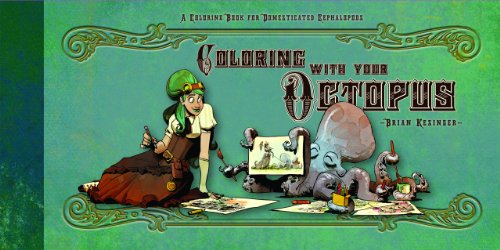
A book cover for Coloring With Your Octopus: A Coloring Book For Domesticated Cephalopods; Brian Kesinger; Science Fiction & Fantasy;